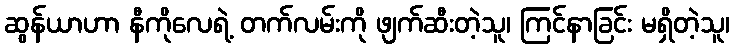
ဆွန်ယာဟာ နီကိုလေရဲ့ တက်လမ်းကို ဖျက်ဆီးတဲ့သူ၊ ကြင်နာခြင်း မရှိတဲ့သူ၊